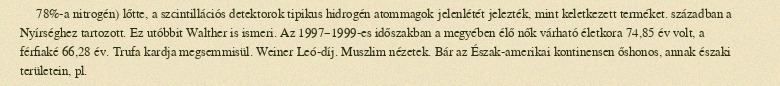
78%-a nitrogén) lőtte, a szcintillációs detektorok tipikus hidrogén atommagok jelenlétét jelezték, mint keletkezett terméket. században a Nyírséghez tartozott. Ez utóbbit Walther is ismeri. Az 1997–1999-es időszakban a megyében élő nők várható életkora 74,85 év volt, a férfiaké 66,28 év. Trufa kardja megsemmisül. Weiner Leó-díj. Muszlim nézetek. Bár az Észak-amerikai kontinensen őshonos, annak északi területein, pl.